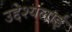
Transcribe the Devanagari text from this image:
उद्देश्यलाई